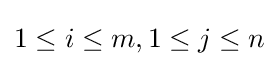
1\leq i\leq m,1\leq j\leq n